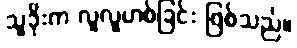
သူခိုးက လူလူဟစ်ခြင်း ဖြစ်သည်။